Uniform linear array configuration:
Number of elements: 48
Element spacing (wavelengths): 1
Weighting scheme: blackman
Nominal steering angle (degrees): -15
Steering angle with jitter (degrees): -14.371
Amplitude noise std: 0.05
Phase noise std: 0.05

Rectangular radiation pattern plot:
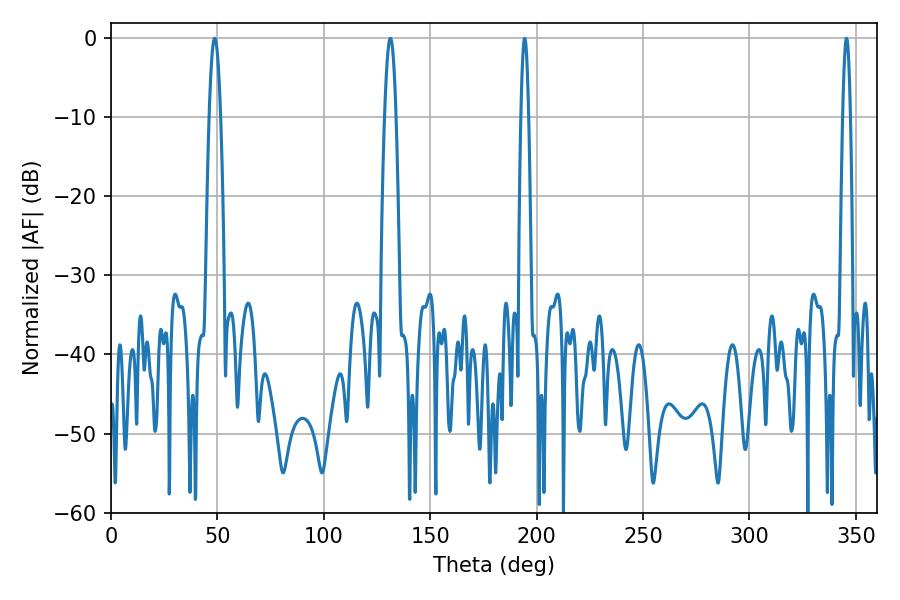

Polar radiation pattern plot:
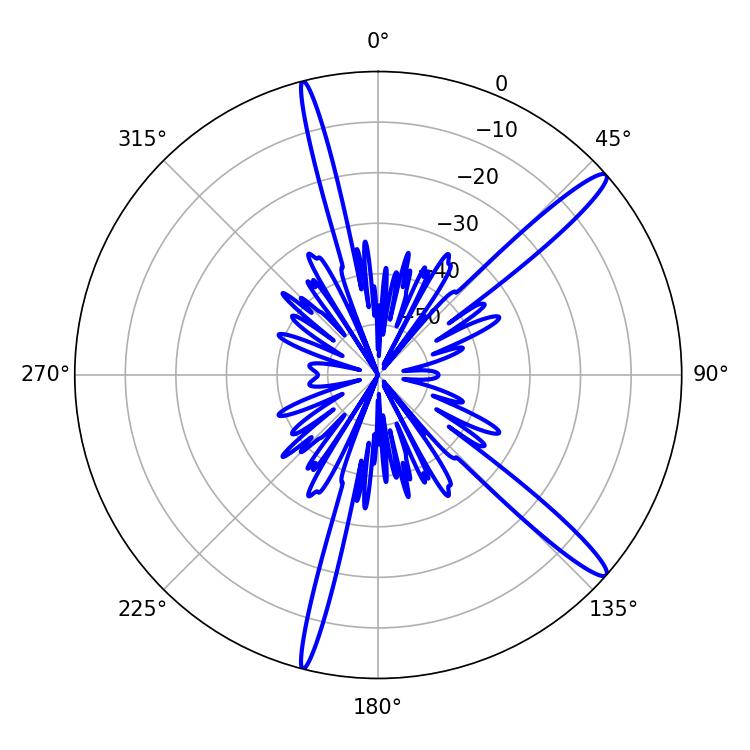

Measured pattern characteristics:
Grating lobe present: TRUE
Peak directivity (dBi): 14.839
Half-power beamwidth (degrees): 1.8
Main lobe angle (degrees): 345.6